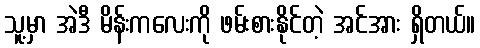
သူ့မှာ အဲဒီ မိန်းကလေးကို ဖမ်းစားနိုင်တဲ့ အင်အား ရှိတယ်။